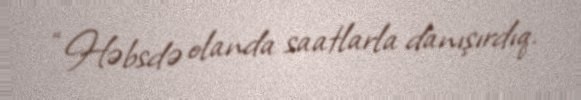
“Həbsdə olanda saatlarla danışırdıq.